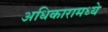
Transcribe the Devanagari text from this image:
अधिकारामध्ये